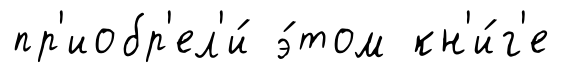
пр'иобр'ел'и́ э́том кн'и́г'е